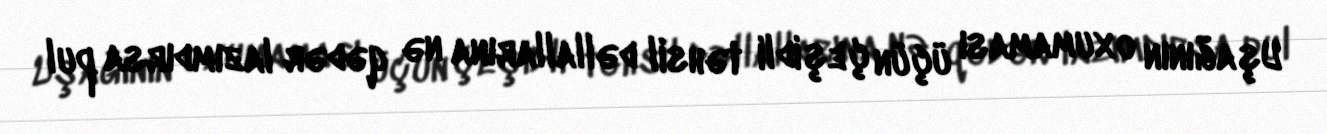
Uşağının oxumaması üçün çeşidli təhsil dəllallarına nə qədər lazımdırsa pul